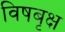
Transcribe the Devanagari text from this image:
विषबृक्ष